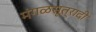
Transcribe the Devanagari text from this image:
मंगळसूत्रादी